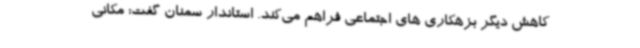
کاهش دیگر بزهکاری های اجتماعی فراهم‌ می‌کند. استاندار سمنان گفت: مکانی